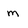
Character: m